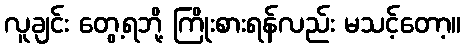
လူချင်း တွေ့ရဘို့ ကြိုးစားရန်လည်း မသင့်တော့။